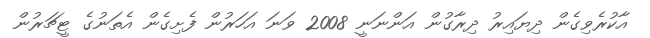
އާކުރެވިގެން ދިޔައިރު ދިރާގުން އަންނަނީ 2008 ވަނަ އަހަރުން ފެށިގެން އެތަނުގެ ޓީޗަރުން